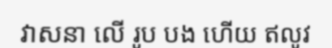
វាសនា លើ រូប បង ហើយ ឥលូវ